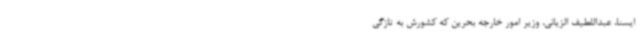
ایسنا، عبداللطیف الزیانی، وزیر امور خارجه بحرین که کشورش به تازگی